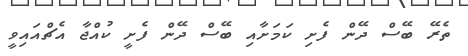
ތެރޭ ބޭސް ދޭން ފެށި ކަމަށާއި ބޭސް ދޭން ފެށީ ކުއްޖާ އެޗްއައިވީ